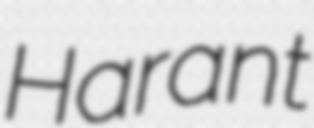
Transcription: Harant